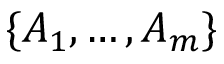
\{ A _ { 1 } , \dots , A _ { m } \}